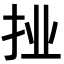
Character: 𭠙